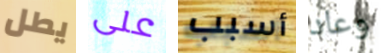
يطل على أسبب وعاد